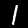
Label: 1